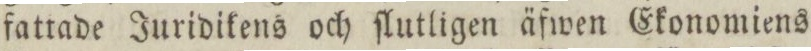
fattade Juridikens och ſlutligen äfwen Ekonomiens